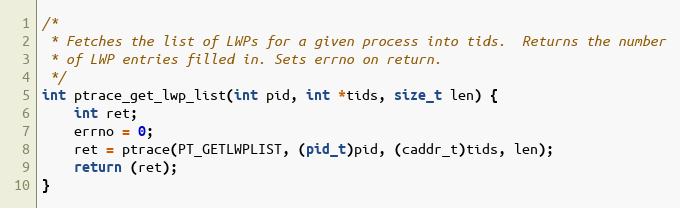
Language: C
/*
 * Fetches the list of LWPs for a given process into tids.  Returns the number
 * of LWP entries filled in. Sets errno on return.
 */
int ptrace_get_lwp_list(int pid, int *tids, size_t len) {
	int ret;
	errno = 0;
	ret = ptrace(PT_GETLWPLIST, (pid_t)pid, (caddr_t)tids, len);
	return (ret);
}